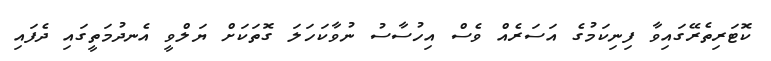
ކޮޓަރިތެރޭގައިވާ ފިނިކަމުގެ އަސަރެއް ވެސް އިހުސާސު ނުވާކަހަލަ ގޮތަކަށް ޔަލްވީ އެނދުމަތީގައި ދެފައި